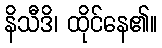
နိသီဒိ၊ ထိုင်နေ၏။